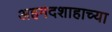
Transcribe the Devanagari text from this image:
अहमदशाहाच्या